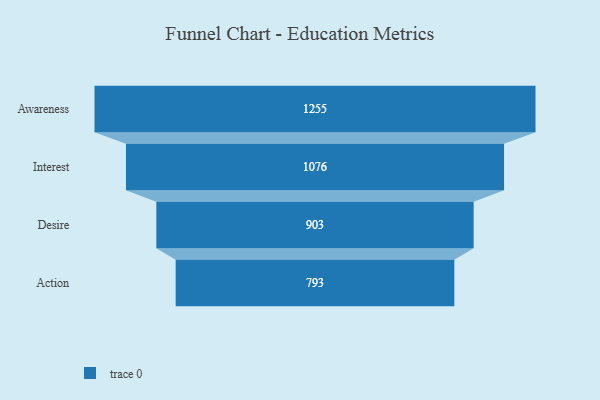
{"axis": {"x": "Stage", "y": "Value"}, "legend": [""], "data": [{"x": "Awareness", "y": 1255.0, "type": ""}, {"x": "Interest", "y": 1076.0, "type": ""}, {"x": "Desire", "y": 903.0, "type": ""}, {"x": "Action", "y": 793.0, "type": ""}]}